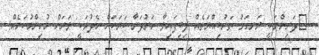
ދަރިންނަކީ ރަނގަޅު ތަރުބިއްޔަތެއް ލިބިފައިވާ ހަރުދަނާ ބަޔަކަށް ހެދުމަކީ ވަރަށް މުހިންމުކަމެއް: